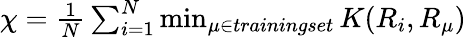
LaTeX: \begin{array}{r}{\chi=\frac{1}{N}\sum_{i=1}^{N}\operatorname*{min}_{\mu\in\textit{trainingset}}K(R_{i},R_{\mu})}\end{array}